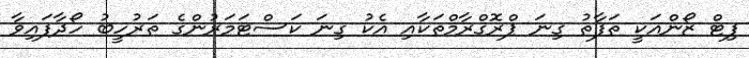
ފިޓް ޒޯންއަކީ ތަފާތު ގިނަ ޕްރޮގްރާމްތަކާއި އެކު ގިނަ ކަސްޓަމަރުންގެ ތަރުހީބު ހޯދާފައިވާ